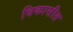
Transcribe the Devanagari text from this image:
विकासीत